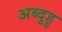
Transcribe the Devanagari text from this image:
अब्दुहु